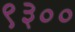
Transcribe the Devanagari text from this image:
९३००